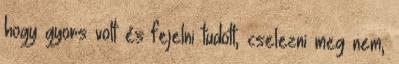
hogy gyors volt és fejelni tudott, cselezni meg nem,